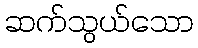
ဆက်သွယ်သော